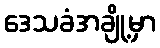
ဒေသခံအချို့မှာ